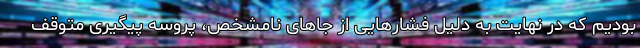
بودیم که در نهایت به دلیل فشارهایی از جاهای نامشخص، پروسه پیگیری متوقف